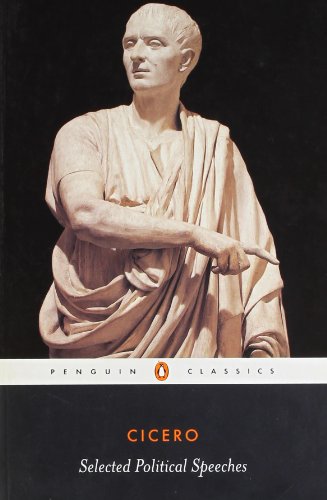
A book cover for Cicero: Selected Political Speeches (Penguin Classics); Marcus Tullius Cicero; Reference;